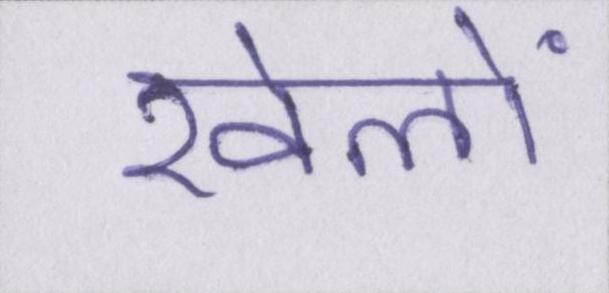
खेलों